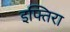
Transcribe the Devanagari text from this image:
इफ्तिरा